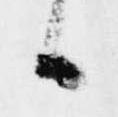
候